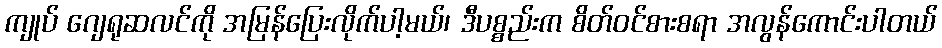
ကျုပ် ဂျေရုဆလင်ကို အမြန်ပြေးလိုက်ပါ့မယ်၊ ဒီပစ္စည်းက စိတ်ဝင်စားစရာ အလွန်ကောင်းပါတယ်